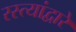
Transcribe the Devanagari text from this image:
रस्त्यांद्वारे